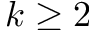
k \ge 2